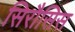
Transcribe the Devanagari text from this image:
सिरौसिस